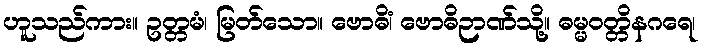
ဟူသည်ကား။ ဥတ္တမံ၊ မြတ်သော။ ဗောဓိံ၊ ဗောဓိဉာဏ်သို့။ ဓမ္မဝတ္တိနဂရေ၊